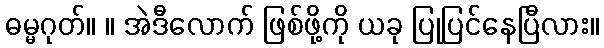
ဓမ္မဂုတ်။ ။ အဲဒီလောက် ဖြစ်ဖို့ကို ယခု ပြုပြင်နေပြီလား။